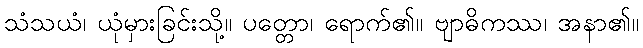
သံသယံ၊ ယုံမှားခြင်းသို့။ ပတ္တော၊ ရောက်၏။ ဗျာဓိကဿ၊ အနာ၏။